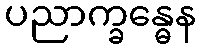
ပညာက္ခန္ဓေန